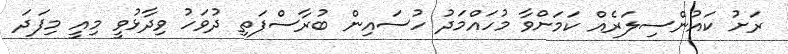
ރަށު ކައުންސިލަރެއް ކަމަށްވާ މުހައްމަދު ހުސައިން ބުރާސްފަތި ދުވަހު ވިދާޅުވީ މިއީ މިފަދަ